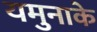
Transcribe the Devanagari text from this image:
यमुनाके